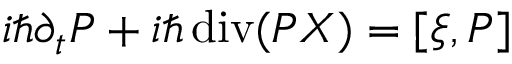
i \hbar \partial _ { t } { \cal P } + i \hbar \operatorname { d i v } ( { \cal P } \boldsymbol { \cal X } ) = [ \xi , { \cal P } ]